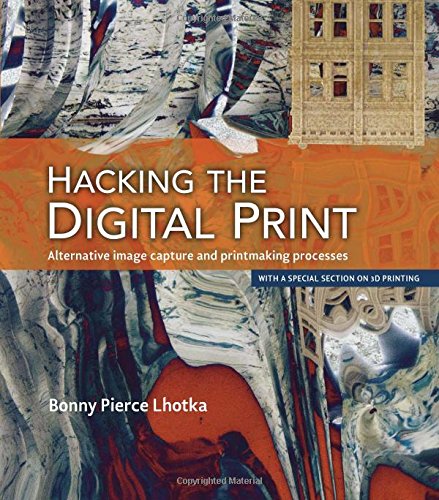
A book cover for Hacking the Digital Print: Alternative image capture and printmaking processes with a special section on 3D printing (Voices That Matter); Bonny Pierce Lhotka; Computers & Technology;